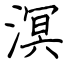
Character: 溟